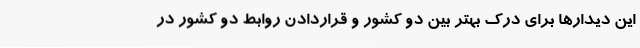
این دیدارها برای درک بهتر بین دو کشور و قراردادن روابط دو کشور در